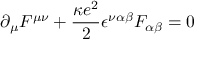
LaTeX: \partial _ { \mu } F ^ { \mu \nu } + \frac { \kappa e ^ { 2 } } { 2 } \epsilon ^ { \nu \alpha \beta } F _ { \alpha \beta } = 0